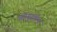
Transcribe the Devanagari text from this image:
ऑग्युस्तीन